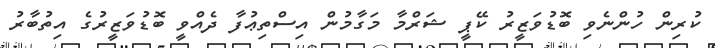
ކުރިން ހުންނެވި ބޮޑުވަޒީރު ކޭޕީ ޝަރްމާ މަގާމުން އިސްތިޢުފާ ދެއްވީ ބޮޑުވަޒީރުގެ އިތުބާރު